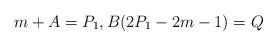
\begin{align*}m+A=P_1, B(2P_1-2m-1)=Q\end{align*}